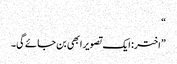
“
”اختر: ایک تصویر ابھی بن جائے گی۔